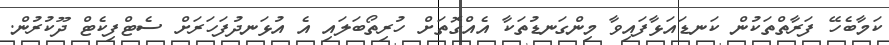
ކަމާބެހޭ ފަރާތްތަކުން ކަނޑައަޅާފައިވާ މިންގަނޑުތަކާ އެއްގޮތަށް ހުރިތޯބަލައި އެ އުޅަނދުފަހަރަށް ސެޓްފިކެޓް ދޫކުރުން.